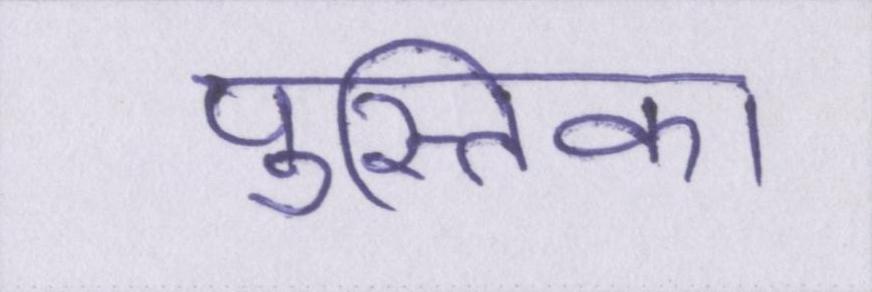
पुस्तिका